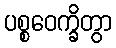
ပစ္စဝေက္ခိတွာ